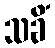
သခိံ